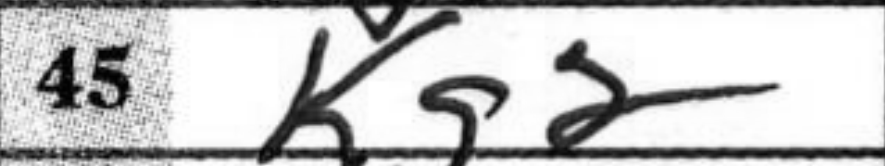
Transcription: Kg2